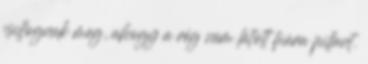
csillognak meg, ahogy a rég nem látott fiúra pillant.